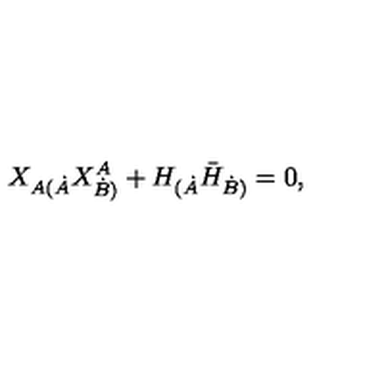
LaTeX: X _ { A ( \dot { A } } X _ { \dot { B } ) } ^ { A } + H _ { ( \dot { A } } \bar { H } _ { \dot { B } ) } = 0 ,